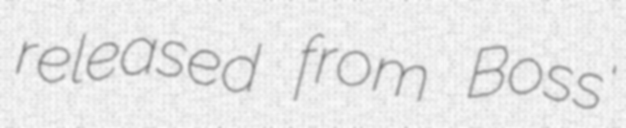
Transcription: released from Boss'